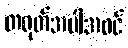
တရုတ်အပါအဝင်